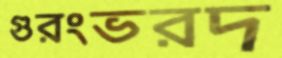
গুরংভরদ